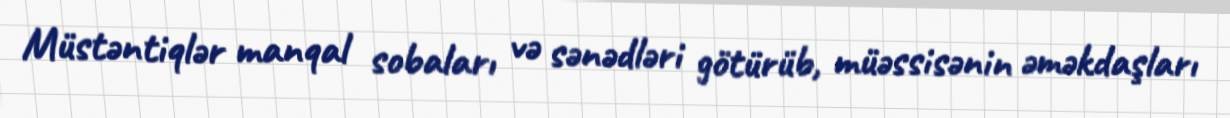
Müstəntiqlər manqal sobaları və sənədləri götürüb, müəssisənin əməkdaşları